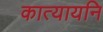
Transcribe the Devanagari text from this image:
कात्यायनि